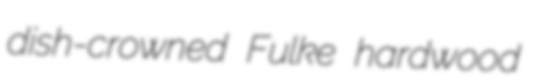
dish-crowned Fulke hardwood